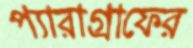
প্যারাগ্রাফের